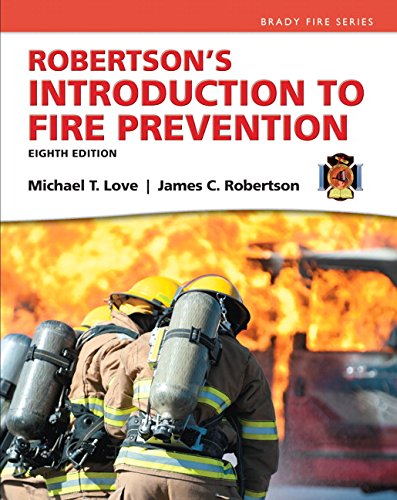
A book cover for Robertson's Introduction to Fire Prevention (8th Edition) (Brady Fire); Mike C. Love; Law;